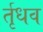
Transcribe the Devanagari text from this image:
र्तृधव